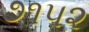
૭૧૫૨